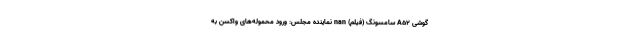
گوشی A52 سامسونگ (فیلم) nan نماینده مجلس: ورود محموله‌های واکسن به